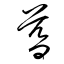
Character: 暮